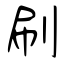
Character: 刷